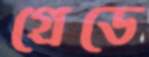
গ্রেডে